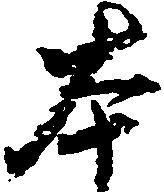
本